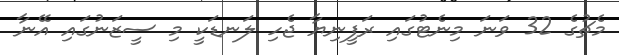
މެޗުގެ 32 ވަނަ މިނެޓުގައި ރަފީނިޔާ ޖެހި ލަނޑަކީ މި ސީޒަނުގައި އޭނާ